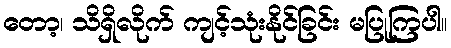
တော့၊ သိရှိလိုက် ကျင့်သုံးနိုင်ခြင်း မပြုကြပါ။